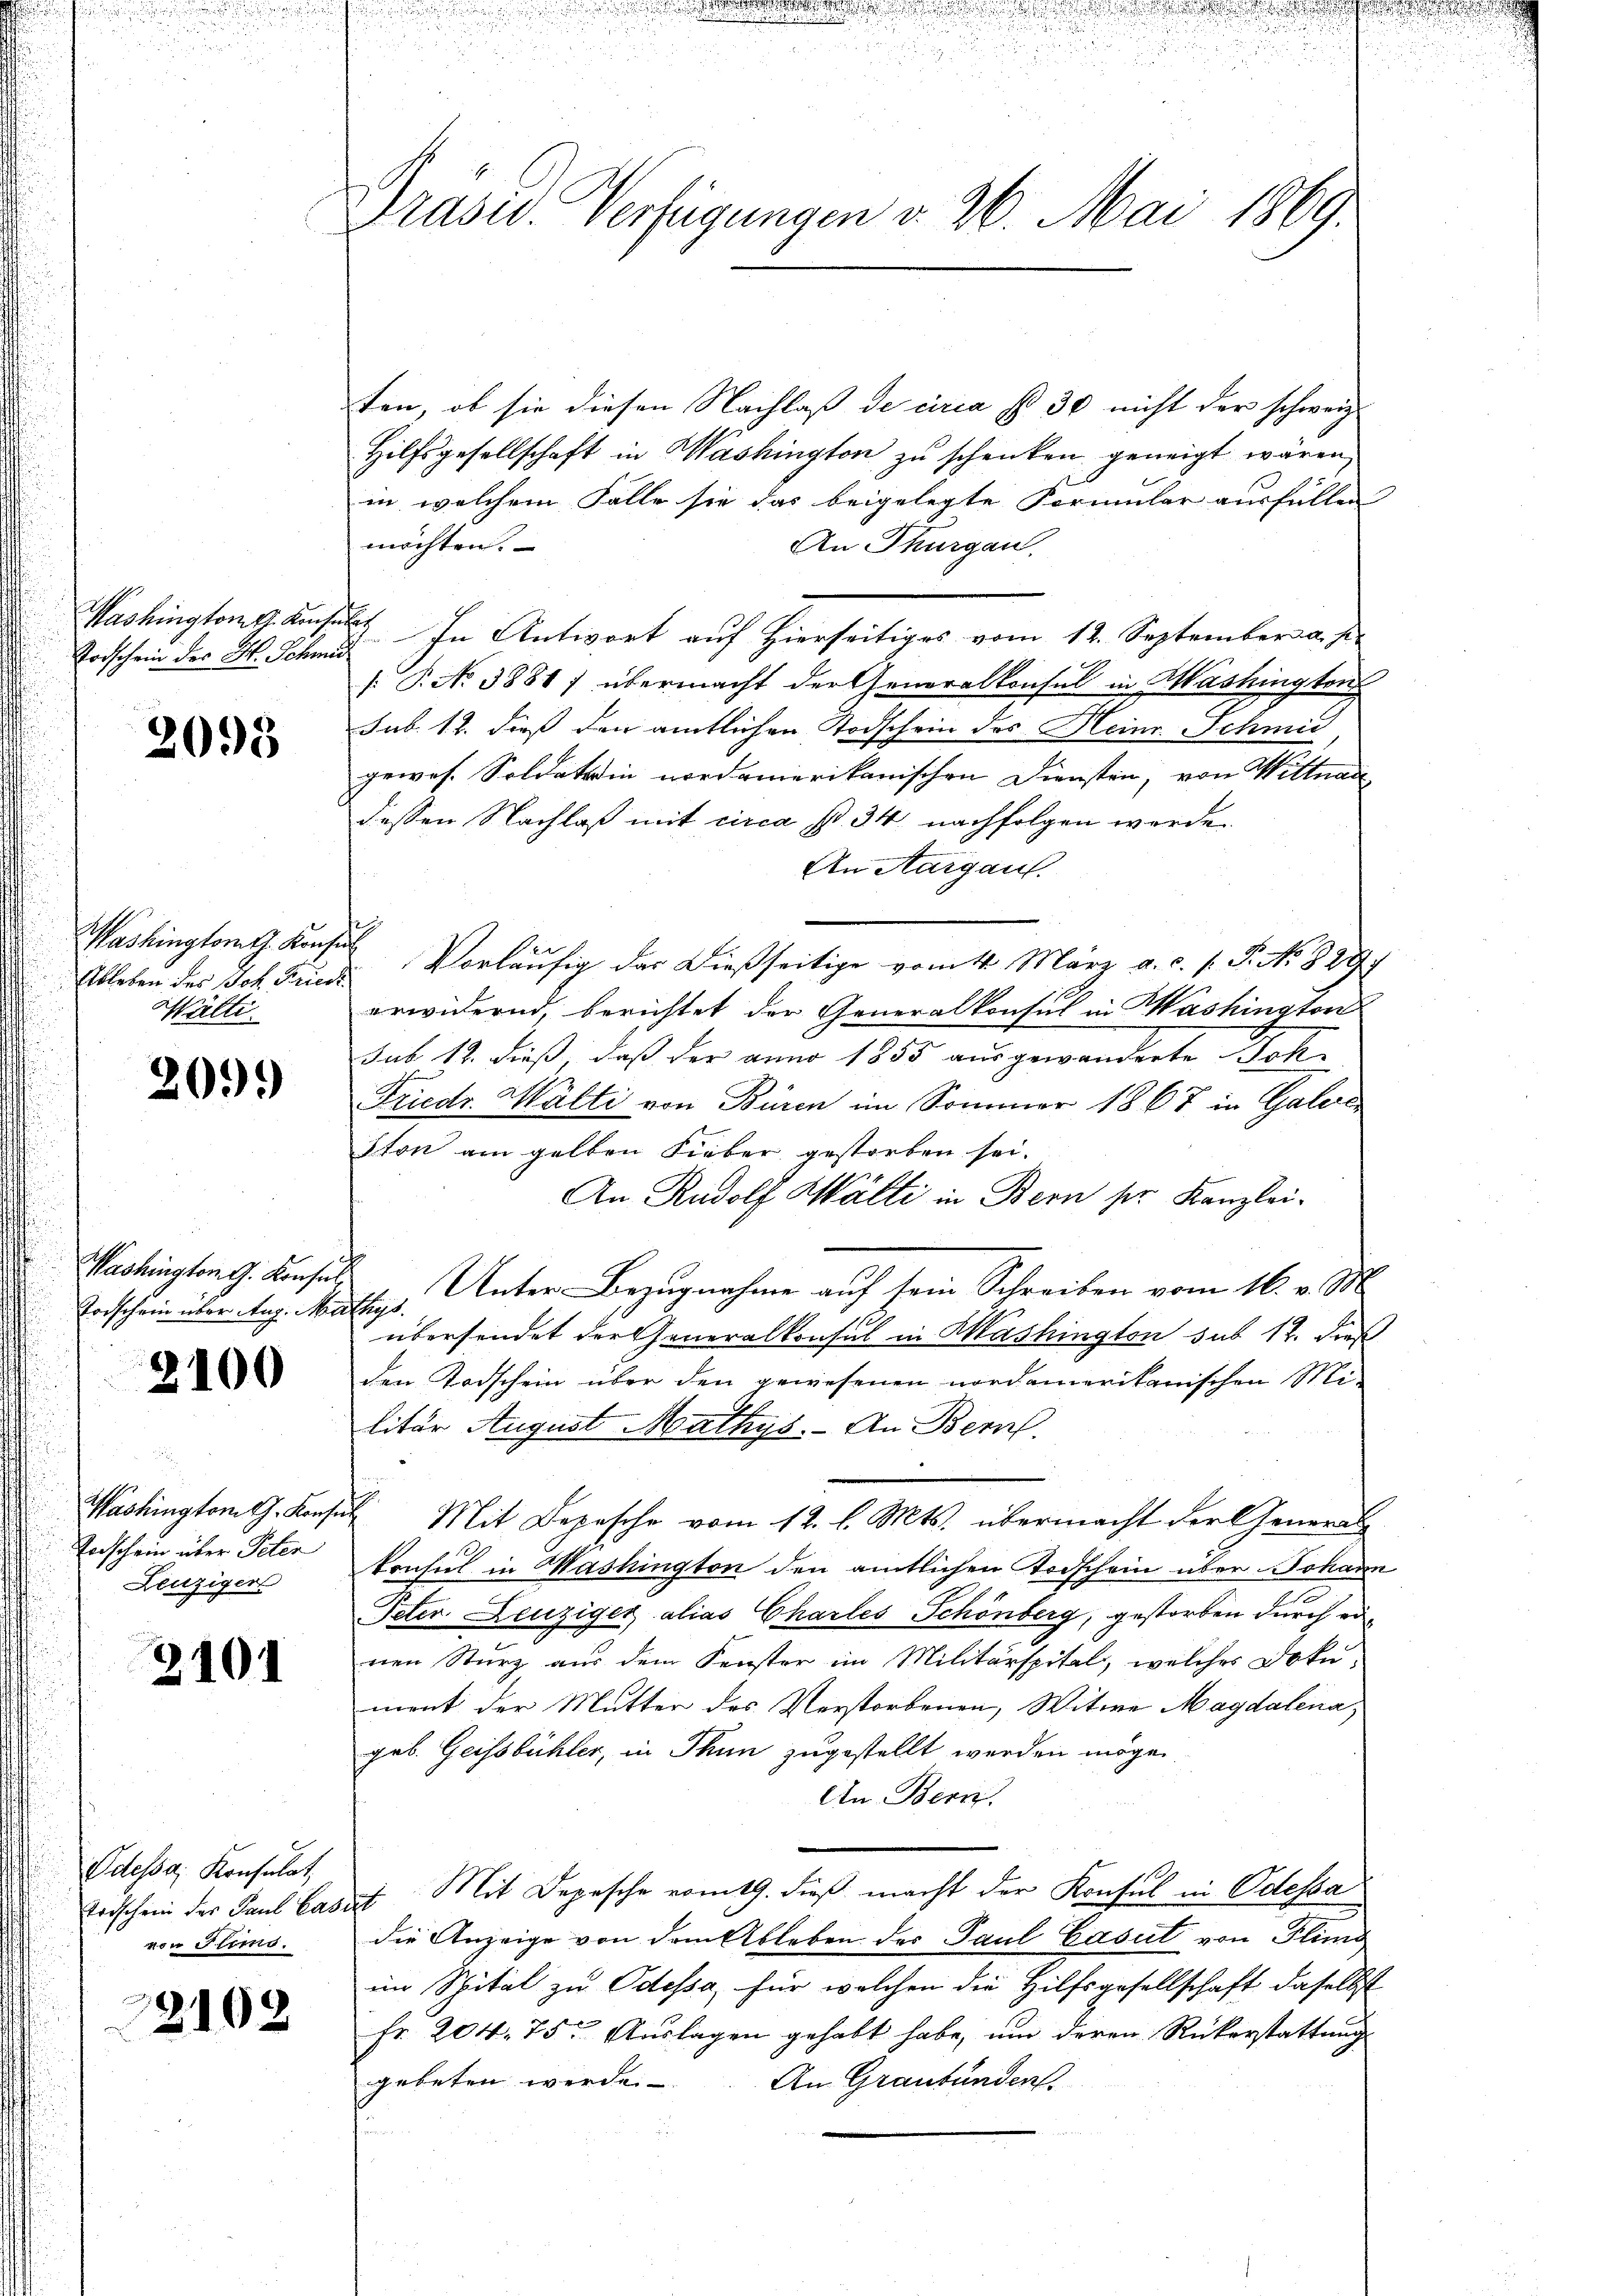
Todschein des H. Schmid

2098

Washingtoral. Konse
Ableben des Joh. Friedi
Wälti

2099

Washington G. Konsul
Todschein über Aug. Na

2100

Washington G. Konse
Todschein über Peten
Leuziger

3101

Odessa, Konsulat,
Todschein der Paul Last
von Stimo.

22102

Präsid. Verfügungen d. 26. Mai 1869.

ten, ob sie diesen Nachlaß de circa s 30 nicht der schweiz.
Hilfsgesellschaft in Washington zu schenken geneigt wären,
in welchem Falle sie das beigelegte Formular ausfüllen
möchten. |
An Thurgau,
Washington des In Antwort auf hierseitiges vom 12. September a. s.
. P. No 3881) übermacht der Generalkonsul in Washingten
sub. 12. dieß den amtlichen Todschein des Heinr. Schmid
gewes. Soldat in nordamerikanischen Diensten, von Wittwar
dessen Nachlaß mit circa s. 34. nachfolgen werde.
An Aargau.
sei
 Vorläufig der dießseitige vom 4. März a. c. s. S. No. 829
erwidernd, berichtet der Generalkonsul in Washington
sub 12. dieß, daß der anno 1855 ausgewanderte Joh¬
Friedr. Walti von Büren im Sommer 1867 in Galere
Ston am gelben Fieber gestorben sei.
An Rudolf Wälti in Bern ser Kanzlei-
Unter Bezugnahme auf sein Schreiben vom 16. v. M.
flegt.
übersendet der Generalkonsul in Washington sub 14. dieß
den Todschein über den gewesenen nordamerikanischen Mi-
e
litär August Mathys. - An Bern,
2. Mit Depesche vom 12. l. Mts. übermacht der General-
konsul in Mashington den amtlichen Todschein über Johan
Peter. Leuziger alias Charles-Schönberg, gestorben durch ei
nen Sturz aus dem Fenster im Militärspital, welches Doku-
ment der Mutter des Verstorbenen, Witwe Magdalena
geb. Geissbüchler, in Thun zugestellt werden möge
An Bern.
7 Mit Depesche vom 19. dieß macht der Konsul in Odessa
die Anzeige von dem Ableben des Paul Casut von Plung
im Spital zu Odessa, für welchen die Hilfsgesellschaft daselbst
Fr. 204. 75. Auslagen gehabt habe, um deren Rükerstattung
gebeten werde.
An Graubünden.